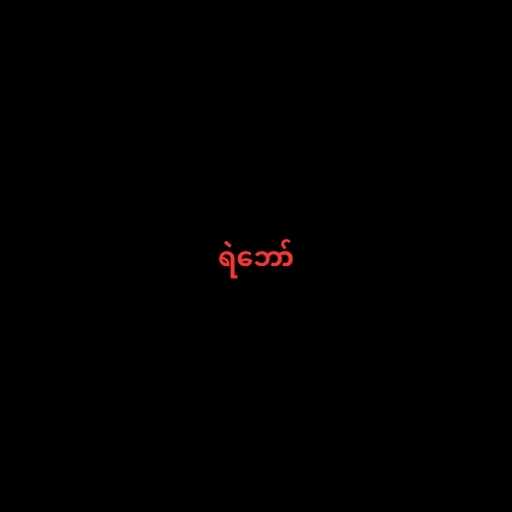
ရဲဘော်